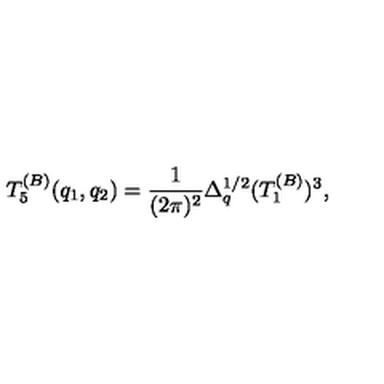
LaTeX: T _ { 5 } ^ { ( B ) } ( q _ { 1 } , q _ { 2 } ) = { \frac { 1 } { ( 2 \pi ) ^ { 2 } } } \Delta _ { q } ^ { 1 / 2 } ( T _ { 1 } ^ { ( B ) } ) ^ { 3 } ,